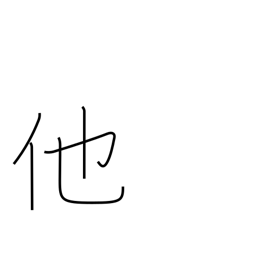
Meaning: other